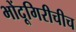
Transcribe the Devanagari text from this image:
भोंदूगिरीचीच